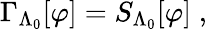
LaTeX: \Gamma_{\Lambda_{0}}[\varphi]=S_{\Lambda_{0}}[\varphi]\; ,